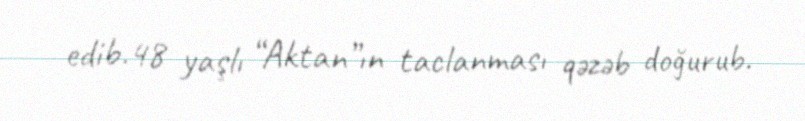
edib.48 yaşlı “Aktan”ın taclanması qəzəb doğurub.